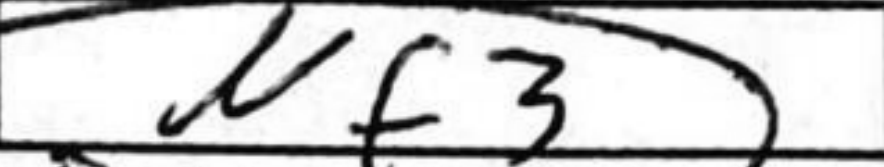
Transcription: Nf3